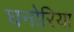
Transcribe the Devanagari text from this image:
घनोरिया